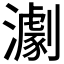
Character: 𤁴